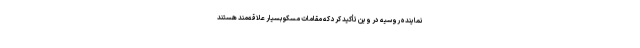
نماینده روسیه در وین تأکید کرد که مقامات مسکو بسیار علاقه‌مند هستند